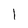
Character: 1